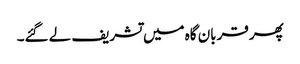
پھر قربان گاہ میں تشریف لے گئے۔